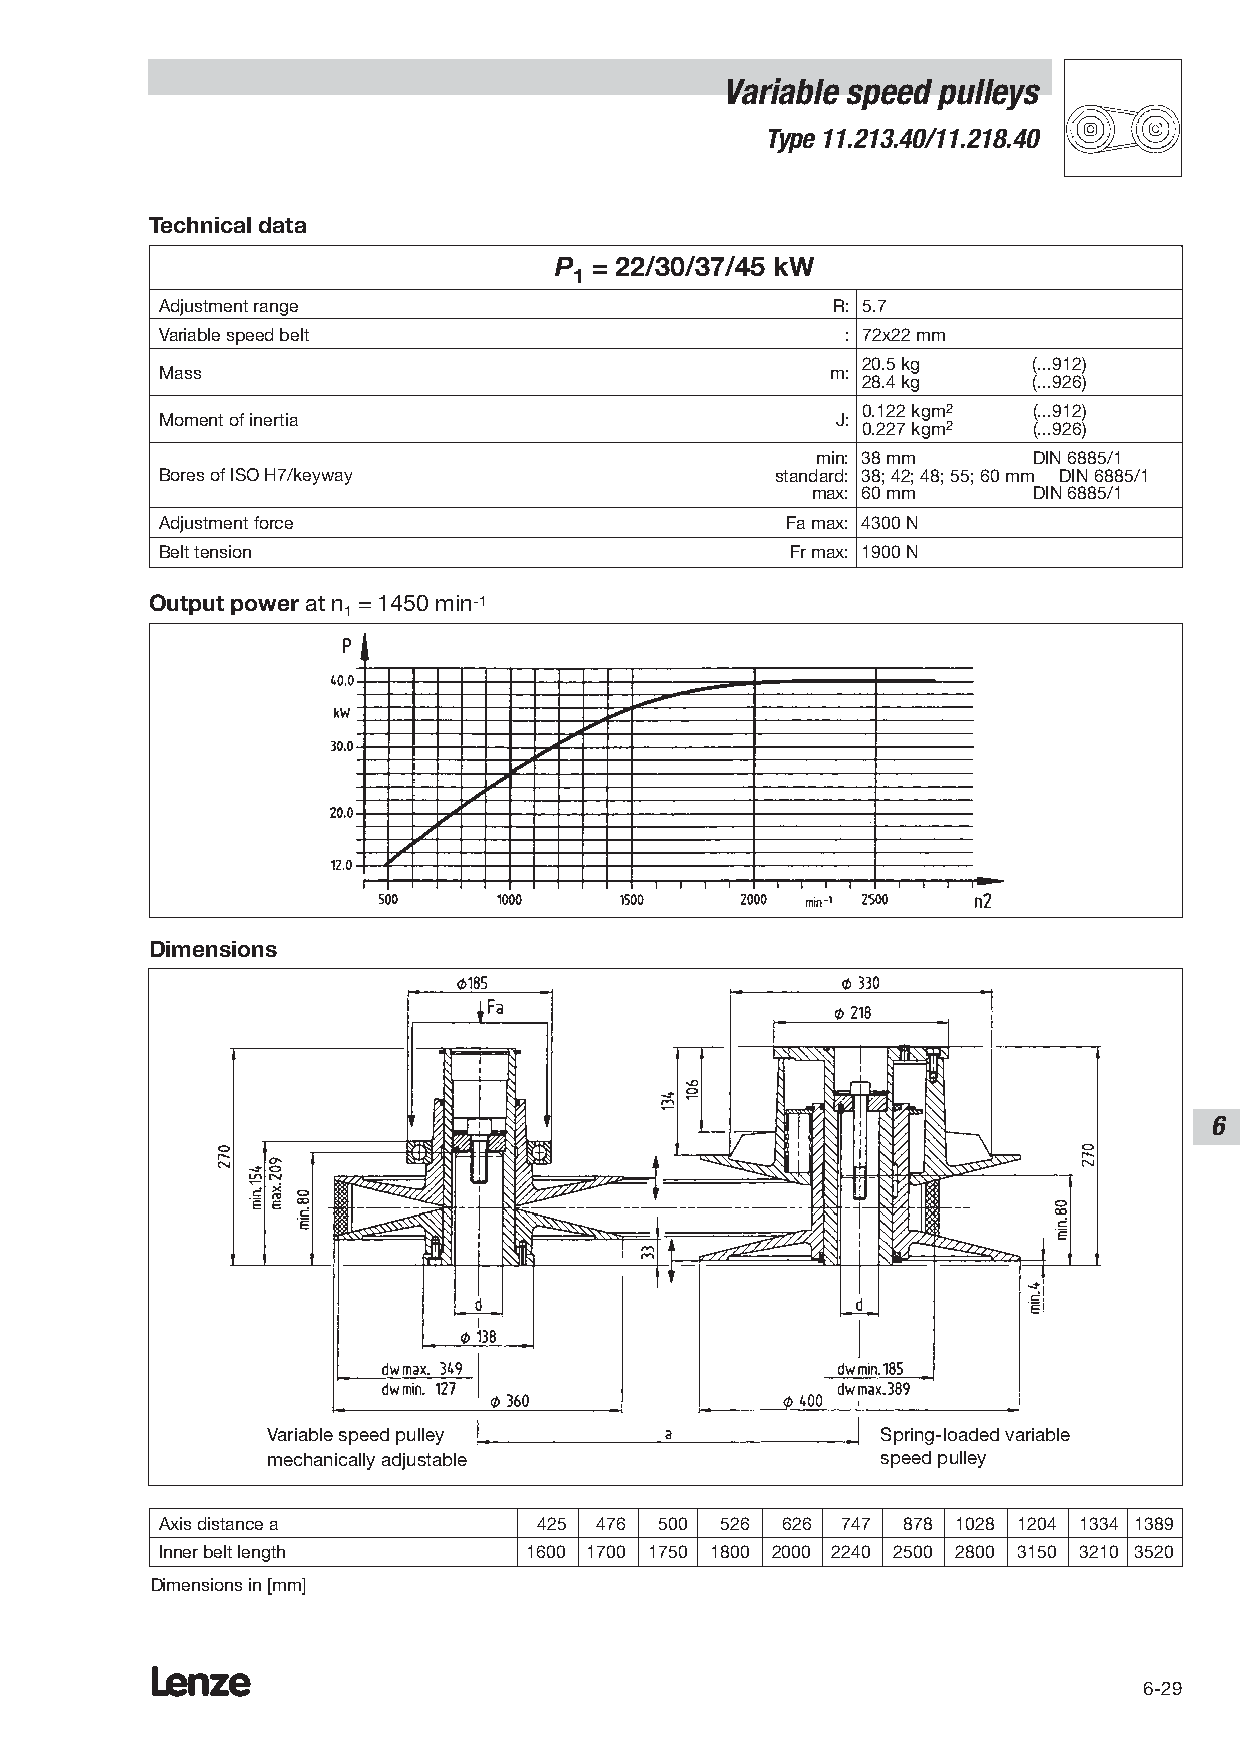
Variable speed pulleys
 Type 11.213.40/11.218.40
 Technical data
 P = 22/30/37/45 kW
 1
 Adjustment range                            R: 5.7
 Variable speed belt                          : 72x22 mm
 20.5 kg    (...912)
 Mass                                        m:
 28.4 kg    (...926)
 0.122 kgm2 (...912)
 Moment of inertia                           J:
 0.227 kgm2 (...926)
 min: 38 mm    DIN 6885/1
 Bores of ISO H7/keyway                  standard: 38; 42; 48; 55; 60 mm DIN 6885/1
 max: 60 mm    DIN 6885/1
 Adjustment force                         Fa max: 4300 N
 Belt tension                             Fr max: 1900 N
 Output power at n = 1450 min-1
 1
 Dimensions
 6
 Variable speed pulley                   Spring-loaded variable
 mechanically adjustable                 speed pulley
 Axis distance a          425 476 500 526 626 747 878 1028 1204 1334 1389
 Inner belt length       1600 1700 1750 1800 2000 2240 2500 2800 3150 3210 3520
 Dimensions in [mm]
 Lenze
 6-29